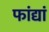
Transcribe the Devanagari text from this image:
फांद्यां